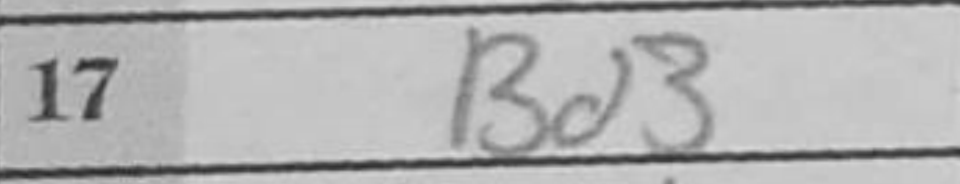
Transcription: Bd3